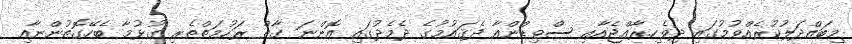
މިބައްދަލުކުރެއްވުމުގައި ދިވެހިރާއްޖެއާއި ސްވިޑްންއާ ދެޤައުމުގެ ދެމެދުގައި އޮންނަ ގާތް ރަހުމަތްތެރި ގުޅުމާ ބެހޭގޮތުންނާއި